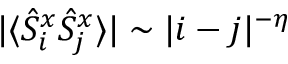
| \langle \hat { S } _ { i } ^ { x } \hat { S } _ { j } ^ { x } \rangle | \sim | i - j | ^ { - \eta }